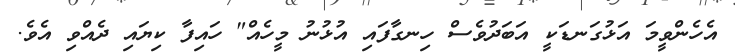
އެހެންވީމަ އަޅުގަނޑަކީ އަބަދުވެސް ހިނގާފައި އުޅުނު މީހެއް" ހައިފާ ކިޔައި ދެއްވި އެވެ.